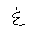
Letter: _gayn